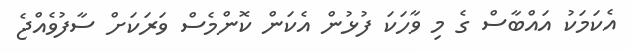
އެކަމަކު އައްބާސް ގެ މި ވާހަކަ ފުޅުން އެކަން ކޮންމެސް ވަރަކަށް ސާފުވެއްޖެ